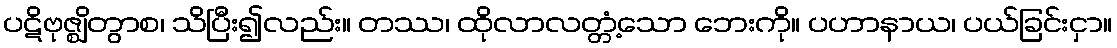
ပဋိဗုဇ္ဈိတွာစ၊ သိပြီး၍လည်း။ တဿ၊ ထိုလာလတ္တံ့သော ဘေးကို။ ပဟာနာယ၊ ပယ်ခြင်းငှာ။